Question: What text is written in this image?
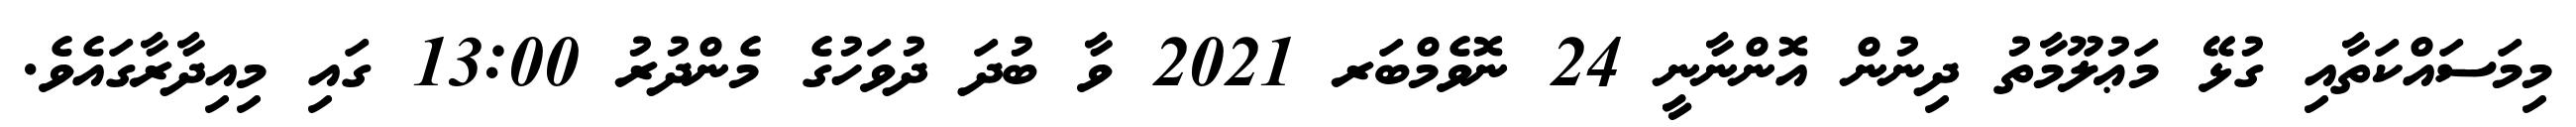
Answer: މިމަސައްކަތާއި ގުޅޭ މަޢުލޫމާތު ދިނުން އޮންނާނީ 24 ނޮވެމްބަރ 2021 ވާ ބުދަ ދުވަހުގެ މެންދުރު 13:00 ގައި މިއިދާރާގައެވެ.